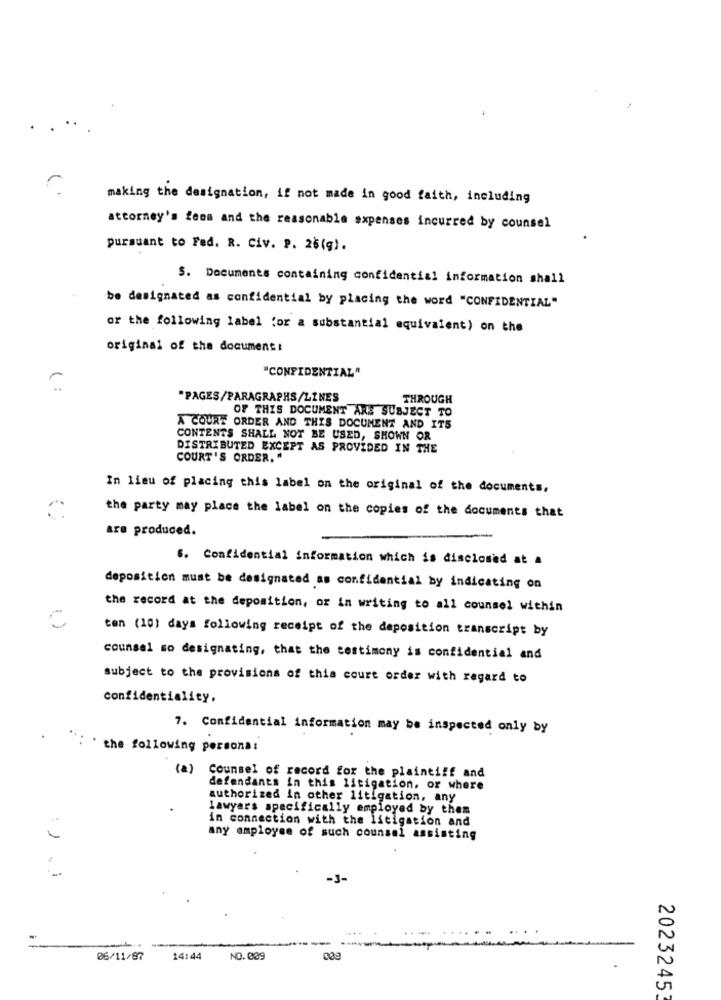
making the designation, if not made in good faith, including
attorney's fees and the reasonable expenses incurred by counsel
pursuant to Fed. R. Civ. P. 26(g).
S. Documents containing confidential information shall
be designated as confidential by placing the word "CONFIDENTIAL"
or the following label for a substantial equivalent) on the
original of the document:
"CONFIDENTIAL"
(:
"PAGES/PARAGRAPHS/LINES
THROUGH
OF THIS DOCUMENT ARE SUBJECT TO
A COURT ORDER AND THIS DOCUMENT AND ITS
CONTENTS SHALL NOT BE USED, SHOWN OR
DISTRIBUTED EXCEPT AS PROVIDED IN THE
COURT'S ORDER. "
In lieu of placing this label on the original of the documents,
the party may place the label on the copies of the documents that
are produced.
S. Confidential information which is disclosed at &
deposition must be designated as confidential by indicating on
the record at the deposition, or in writing to all counsel within
C
ten (10) days following receipt of the deposition transcript by
counsel so designating, that the testimony is confidential and
subject to the provisions of this court order with regard to
confidentiality.
7. Confidential information may be inspected only by
. the following persona!
(2) Counsel of record for the plaintiff and
defendants in this litigation, or where
authorized in other litigation, any
Lawyers specifically employed by them
in connection with the litigation and
any employee of such counsel assisting
-3-
-
-
06/11/87
14:44
NO.889
20232453